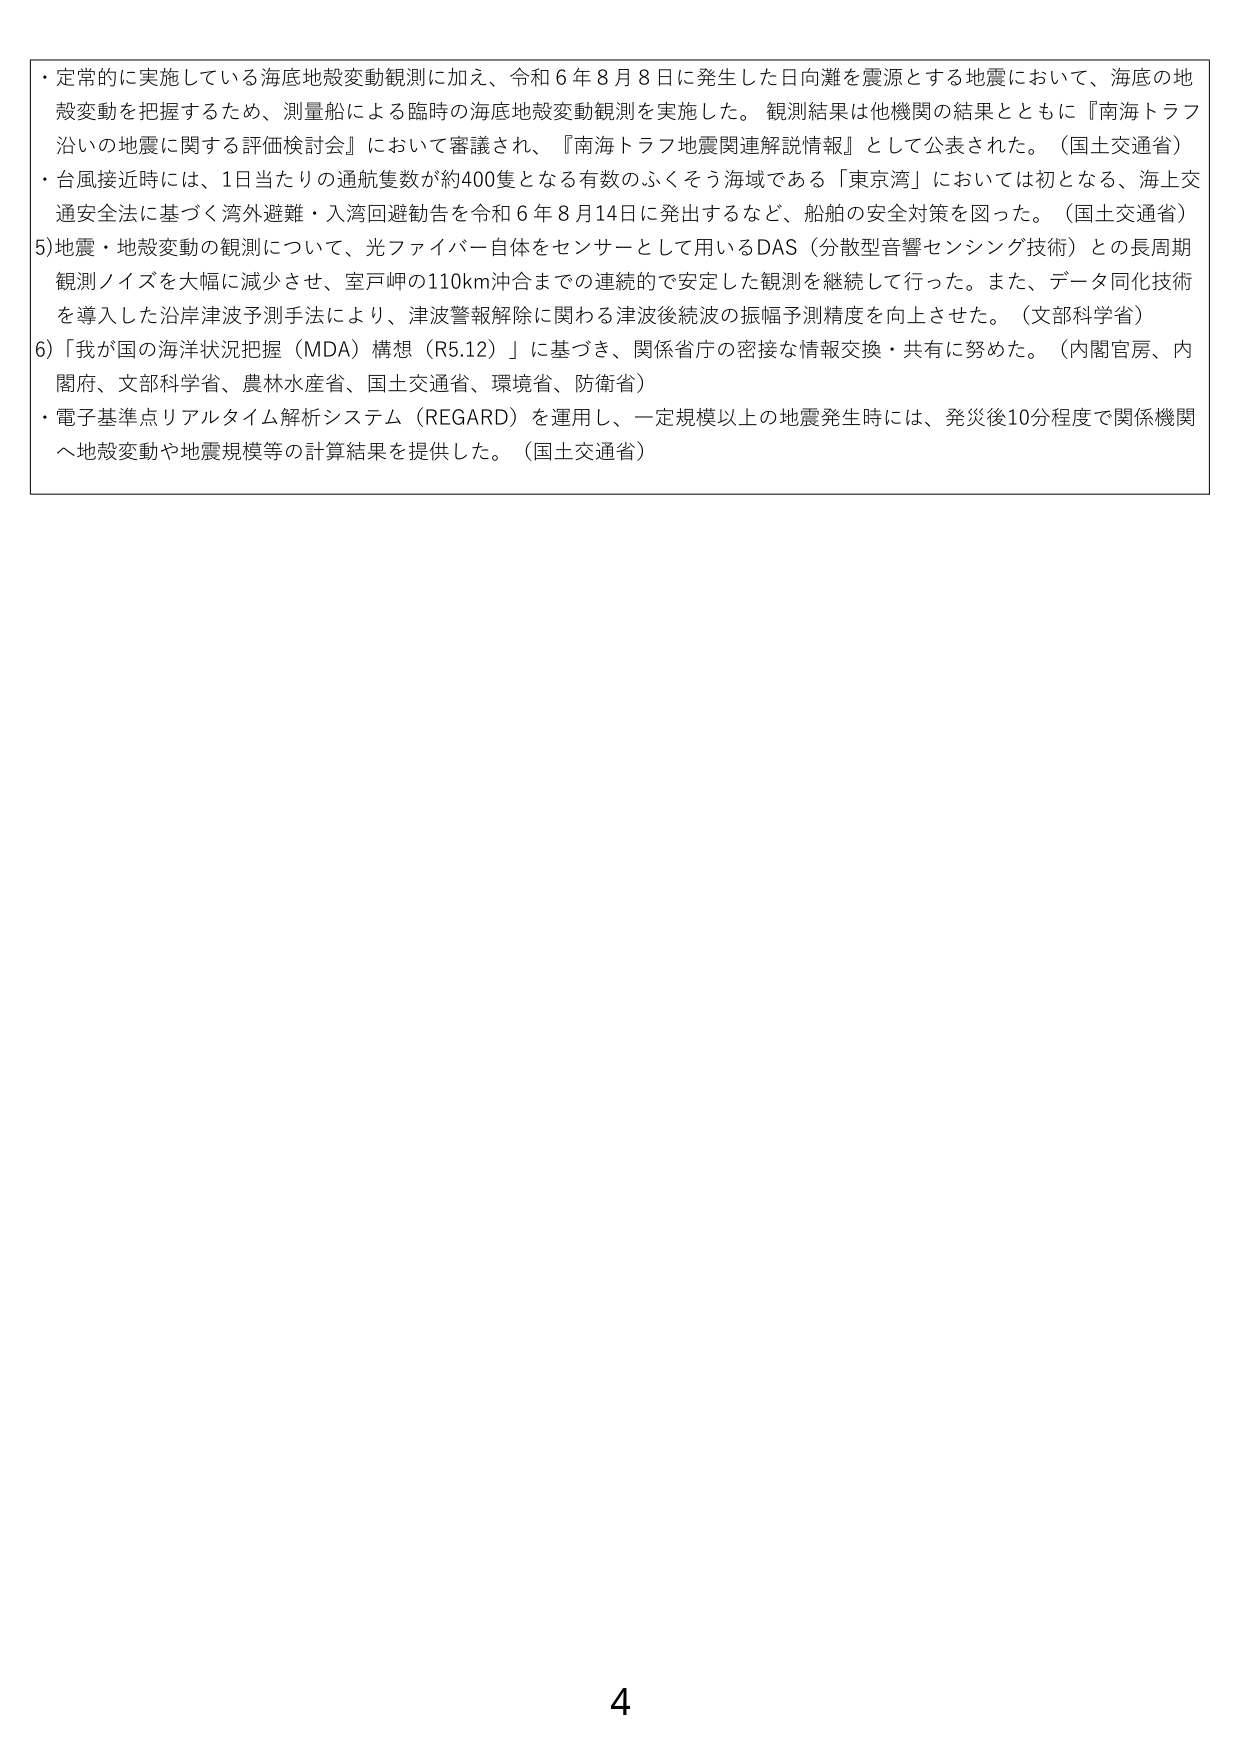
・定常的に実施している海底地殻変動観測に加え、令和６年８月８日に発生した日向灘を震源とする地震において、海底の地殻変動を把握するため、測量船による臨時の海底地殻変動観測を実施した。観測結果は他機関の結果とともに『南海トラフ沿いの地震に関する評価検討会』において審議され、『南海トラフ地震関連解説情報』として公表された。（国土交通省）
・台風接近時には、1日当たりの通航隻数が約400隻となる有数のふくそう海域である「東京湾」においては初となる、海上交通安全法に基づく湾外避難・入湾回避勧告を令和６年８月14日に発出するなど、船舶の安全対策を図った。（国土交通省）
5)地震・地殻変動の観測について、光ファイバー自体をセンサーとして用いるDAS（分散型音響センシング技術）との長周期観測ノイズを大幅に減少させ、室戸岬の110km沖合までの連続的で安定した観測を継続して行った。また、データ同化技術を導入した沿岸津波予測手法により、津波警報解除に関わる津波後続波の振幅予測精度を向上させた。（文部科学省）
6)「我が国の海洋状況把握（MDA）構想（R5.12）」に基づき、関係省庁の密接な情報交換・共有に努めた。（内閣官房、内閣府、文部科学省、農林水産省、国土交通省、環境省、防衛省）
・電子基準点リアルタイム解析システム（REGARD）を運用し、一定規模以上の地震発生時には、発災後10分程度で関係機関へ地殻変動や地震規模等の計算結果を提供した。（国土交通省）
4